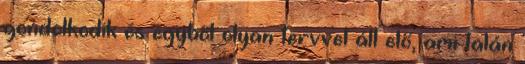
gondolkodik és egyből olyan tervvel áll elő, ami talán